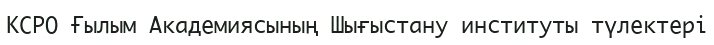
КСРО Ғылым Академиясының Шығыстану институты түлектері